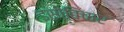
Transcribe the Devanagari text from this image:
इसीविचार